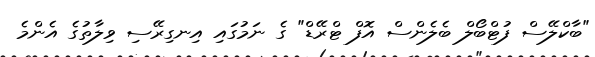
"ބާކްލޭސް ފުޓްބޯލް ބެލެންސް އޮފް ޓްރޭޑް" ގެ ނަމުގައި އިނގިރޭސި ވިލާތުގެ އެންމެ